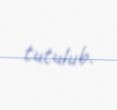
tutulub.